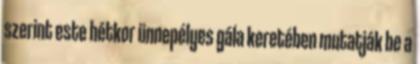
szerint este hétkor ünnepélyes gála keretében mutatják be a